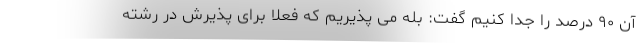
آن ۹۰ درصد را جدا کنیم گفت: بله می پذیریم که فعلا برای پذیرش در رشته